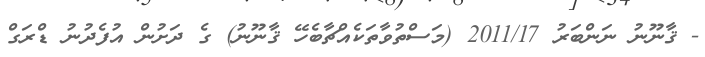
- ޤާނޫނު ނަންބަރު 2011/17 (މަސްތުވާތަކެއްޗާބެހޭ ޤާނޫނު) ގެ ދަށުން އުފެދުނު ޑްރަގް